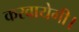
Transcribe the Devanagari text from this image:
करवायेगी।